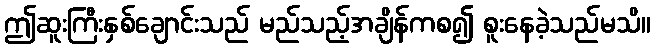
ဤဆူးကြီးနှစ်ချောင်းသည် မည်သည့်အချိန်ကစ၍ စူးနေခဲ့သည်မသိ။